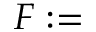
F : =